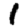
Digit: 1